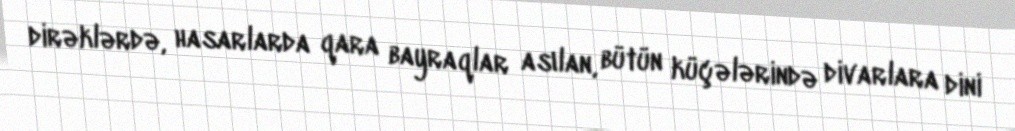
dirəklərdə, hasarlarda qara bayraqlar asılan, bütün küçələrində divarlara dini